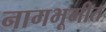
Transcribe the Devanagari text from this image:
नागभूमीत